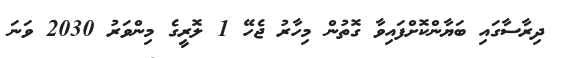
ދިރާސާގައި ބަޔާންކޮށްފައިވާ ގޮތުން މިހާރު ޖެހޭ 1 ލޮރީގެ މިންވަރު 2030 ވަނަ